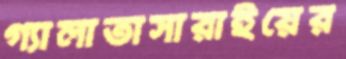
গ্যালাতাসারাইয়ের